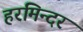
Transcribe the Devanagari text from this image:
हरमिन्दर